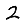
Digit: 2